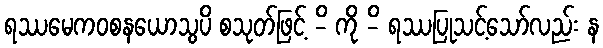
ရဿမေကဝစနယောသွပိ စသုတ်ဖြင့် -ိ ကို -ိ ရဿပြုသင့်သော်လည်း န